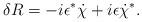
LaTeX: \begin{align*}\delta R=-i\epsilon ^{*}\dot{\chi }+i\epsilon \dot{\chi }^{*}.\end{align*}